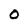
Character: O